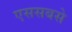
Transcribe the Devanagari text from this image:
एससबसे